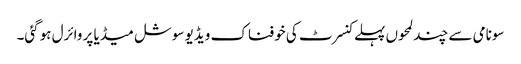
سونامی سے چند لمحوں پہلے کنسرٹ کی خوفناک ویڈیو سوشل میڈیا پر وائرل ہوگئی۔